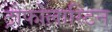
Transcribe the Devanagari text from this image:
ट्रोफोलास्टिन